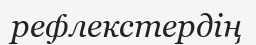
рефлекстердің